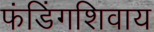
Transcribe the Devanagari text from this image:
फंडिंगशिवाय